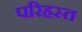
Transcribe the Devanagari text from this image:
परिहस्त